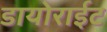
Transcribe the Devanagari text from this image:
डायोराईट